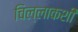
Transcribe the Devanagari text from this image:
चिल्लाकशी